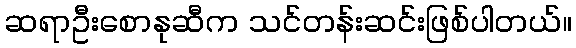
ဆရာဦးစောနုဆီက သင်တန်းဆင်းဖြစ်ပါတယ်။